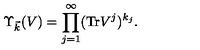
\Upsilon _ { \vec { k } } ( V ) = \prod _ { j = 1 } ^ { \infty } ( \mathrm { T r } V ^ { j } ) ^ { k _ { j } } .